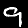
Digit: 9